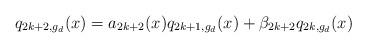
LaTeX: \begin{align*} q_{2k+2,g_d}(x) = a_{2k+2}(x)q_{2k+1,g_d}(x) + \beta_{2k+2}q_{2k,g_d}(x)\end{align*}